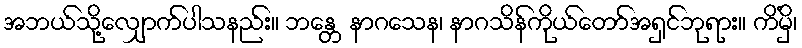
အဘယ်သို့လျှောက်ပါသနည်း။ ဘန္တေ နာဂသေန၊ နာဂသိန်ကိုယ်တော်အရှင်ဘုရား။ ကိံမှိ၊